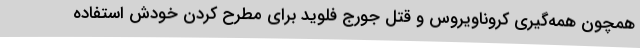
همچون همه‌گیری کروناویروس و قتل جورج فلوید برای مطرح کردن خودش استفاده